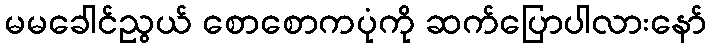
မမခေါင်ညွယ် စောစောကပုံကို ဆက်ပြောပါလားနော်